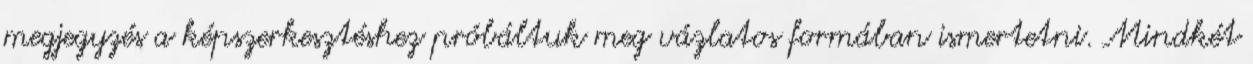
megjegyzés a képszerkesztéshez próbáltuk meg vázlatos formában ismertetni. Mindkét